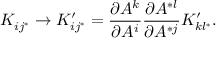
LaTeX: K _ { i j ^ { * } } \rightarrow K _ { i j ^ { * } } ^ { \prime } = { \frac { \partial A ^ { k } } { \partial A ^ { i } } } { \frac { \partial A ^ { * l } } { \partial A ^ { * j } } } K _ { k l ^ { * } } ^ { \prime } .